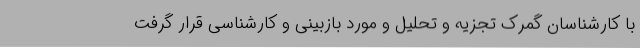
با کارشناسان گمرک تجزیه و تحلیل و مورد بازبینی و کارشناسی قرار گرفت